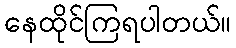
နေထိုင်ကြရပါတယ်။